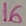
Text: 16